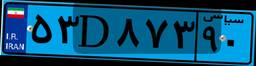
۳۰D۸۳۵۴۹